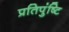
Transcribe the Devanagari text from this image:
प्रतिपुंष्टि